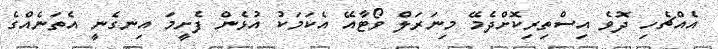
އެއްޗެހި ދޮވެ އިސްތިރިކޮށްދެމޭ މިނަރަލް ވޯޓާއޭ އެކަމަކު އުޅެން ފެށީމަ އިނގެނީ އެތަނެއްގެ